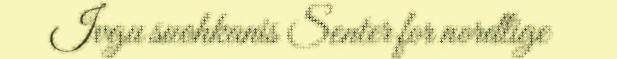
Ivgu suohkanis Senter for nordlige